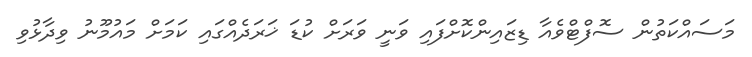
މަސައްކަތުން ސޮފްޓްވެއާ ޑިޒައިންކޮށްފައި ވަނީ ވަރަށް ކުޑަ ޚަރަދެއްގައި ކަމަށް މައުމޫނު ވިދާޅުވި